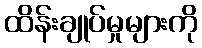
ထိန်းချုပ်မှုများကို